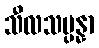
သီလသမ္ပန္နာ